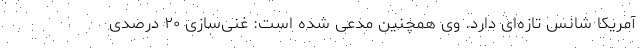
آمریکا شانس تازه‌ای دارد. وی همچنین مدعی شده است: غنی‌سازی ۲۰ درصدی